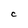
Character: C